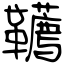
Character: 韉